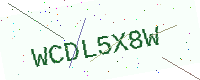
Text: WCDL5X8W